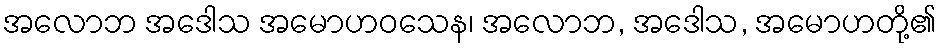
အလောဘ အဒေါသ အမောဟဝသေန၊ အလောဘ, အဒေါသ, အမောဟတို့၏